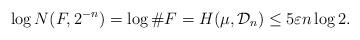
LaTeX: \begin{align*}\log N(F,2^{-n})=\log \#F=H(\mu,\mathcal{D}_n)\le 5\varepsilon n\log 2.\end{align*}